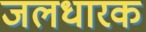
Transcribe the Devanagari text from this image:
जलधारक